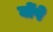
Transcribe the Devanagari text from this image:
घोंपे